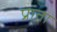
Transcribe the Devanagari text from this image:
प्राता